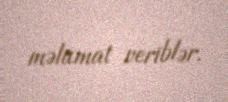
məlumat veriblər.